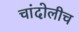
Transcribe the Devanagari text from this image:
चांदोलीच